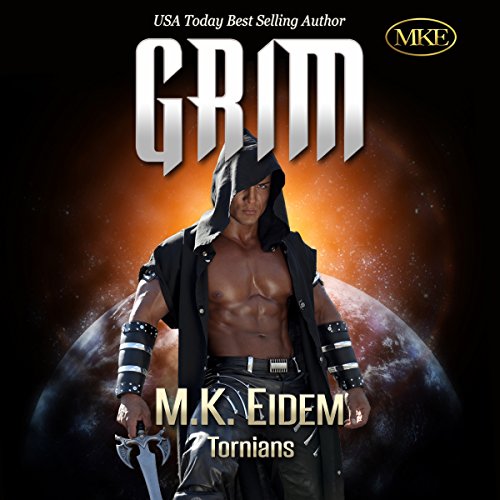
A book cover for Grim: Tornians Book 1; M.K. Eidem; Romance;